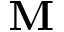
\mathbf { M }